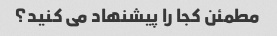
مطمئن کجا را پیشنهاد می کنید؟